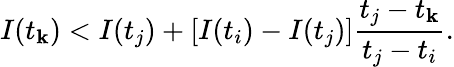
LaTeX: I(t_{\mathbf{k}})<I(t_{j})+\left[I(t_{i})-I(t_{j})\right]\frac{{t_{j}-t_{\mathbf{k}}}}{{t_{j}-t_{i}}}.